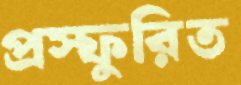
প্রস্ফুরিত